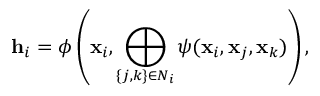
\mathbf { h } _ { i } = \phi \left( \mathbf { x } _ { i } , \bigoplus _ { \{ j , k \} \in N _ { i } } \psi ( \mathbf { x } _ { i } , \mathbf { x } _ { j } , \mathbf { x } _ { k } ) \right) ,